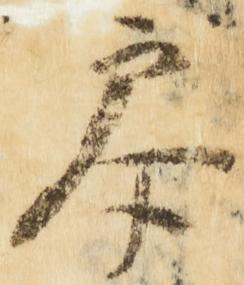
参